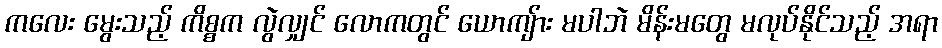
ကလေး မွေးသည့် ကိစ္စက လွဲလျှင် လောကတွင် ယောကျ်ား မပါဘဲ မိန်းမတွေ မလုပ်နိုင်သည့် အရာ